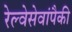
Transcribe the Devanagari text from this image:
रेल्वेसेवांपैकी